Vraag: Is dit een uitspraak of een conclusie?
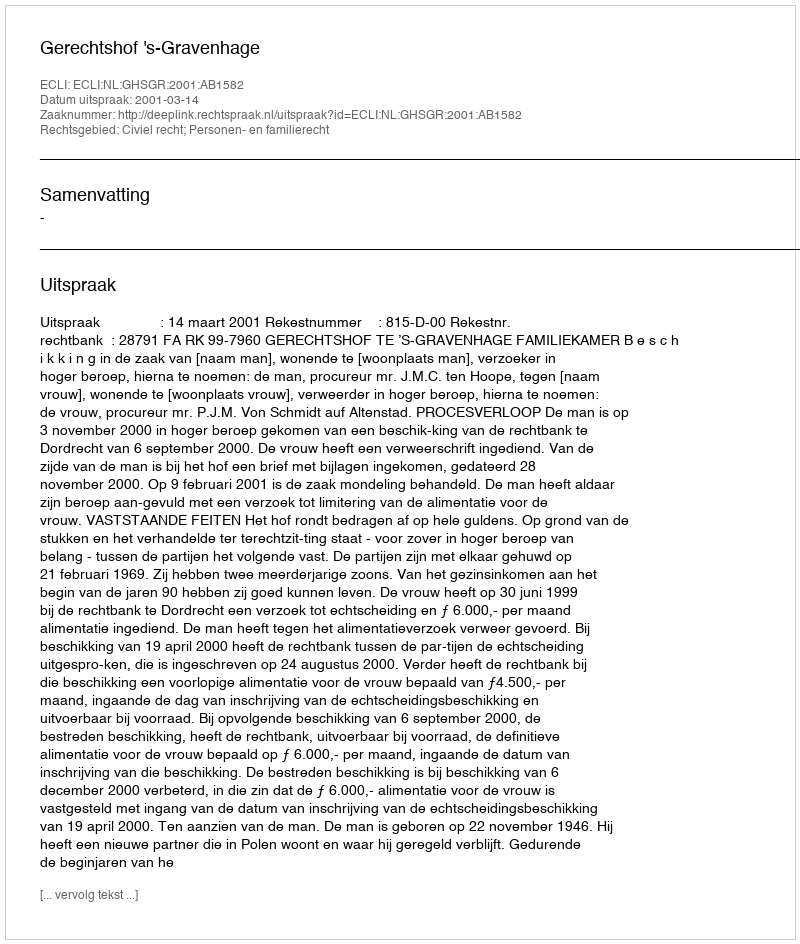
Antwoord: Uitspraak